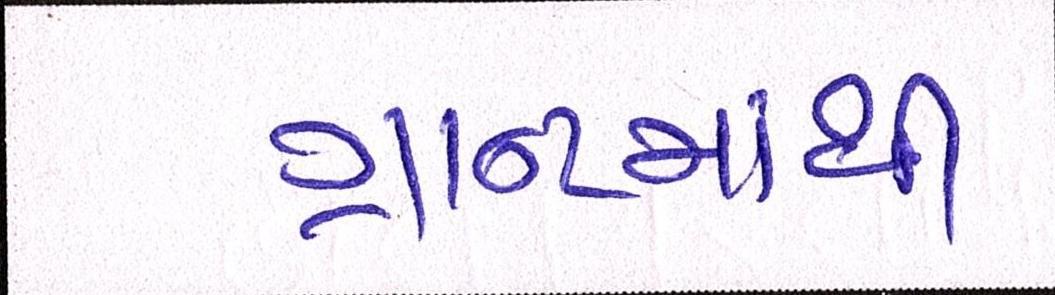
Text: ગ્રાન્ટમાંથી